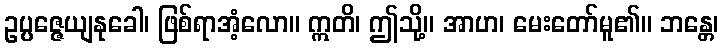
ဥပ္ပဇ္ဇေယျနုခေါ၊ ဖြစ်ရာအံ့လော။ ဣတိ၊ ဤသို့။ အာဟ၊ မေးတော်မူ၏။ ဘန္တေ၊